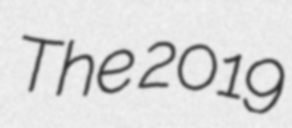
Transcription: The 2019